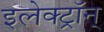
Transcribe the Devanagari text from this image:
इलेक्ट्रॉन्